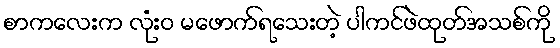
စာကလေးက လုံးဝ မဖောက်ရသေးတဲ့ ပါကင်ဖဲထုတ်အသစ်ကို